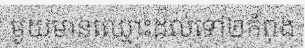
មួយមានឈ្មោះដល់ទៅ២កំពុង